Indian journal of veterinary science and animal husbandry - Volume 14,
Year: 1944
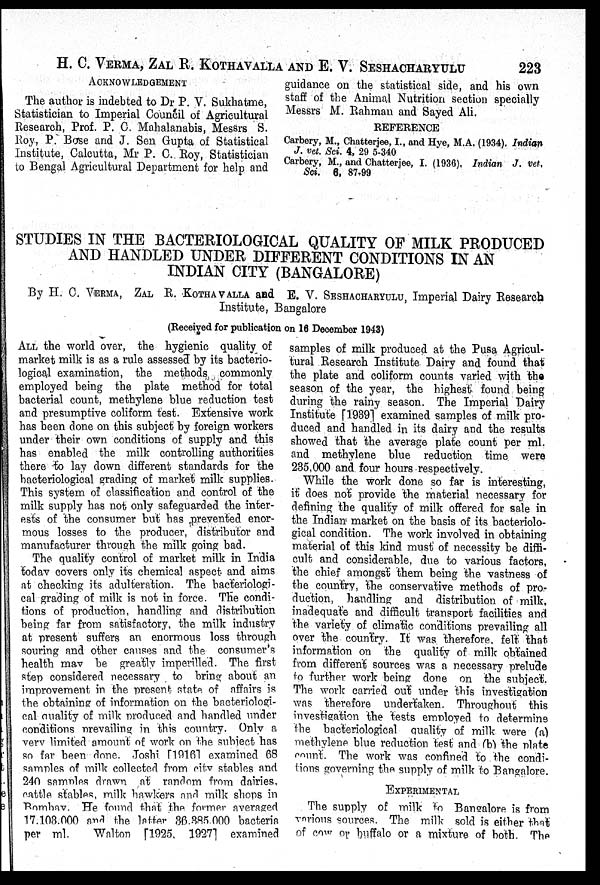
H. C. VERMA, ZAL R. KOTHAVALLA AND E. V.
SESHACHARYULU
223
ACKNOWLEDGEMENT
The author is indebted to Dr P. V. Sukhatme,
Statistician to Imperial Council of Agricultural
Research, Prof. P. C. Mahalanabis, Messrs S.
Roy, P. Bose and J. Sen Gupta of Statistical
Institute, Calcutta, Mr P. C. Roy, Statistician
to Bengal Agricultural Department for help and
guidance on the statistical side, and his own
staff of the Animal Nutrition section specially
Messrs M. Rahman and Sayed Ali.
REFERENCE
Carbery, M., Chatterjee, I., and Hye, M.A. (1934). Indian
J. vet. Sci. 4, 29 5-340
Carbery, M., and Chatterjee, I. (1936). Indian J. vet,
Sci. 6, 87-99
STUDIES IN THE BACTERIOLOGICAL QUALITY OF MILK PRODUCED
AND HANDLED UNDER DIFFERENT CONDITIONS IN AN
INDIAN CITY (BANGALORE)
By H. C. VERMA, ZAL R. KOTHAVALLA and E. V. SESHACHARYULU, Imperial Dairy Research
Institute, Bangalore
(Received for publication on 16 December 1943)
ALL the world over, the hygienic quality of
market milk is as a rule assessed by its bacterio-
logical examination, the methods commonly
employed being the plate method for total
bacterial count, methylene blue reduction test
and presumptive coliform test. Extensive work
has been done on this subject by foreign workers
under their own conditions of supply and this
has enabled the milk controlling authorities
there to lay down different standards for the
bacteriological grading of market milk supplies.
This system of classification and control of the
milk supply has not only safeguarded the inter-
ests of the consumer but has prevented enor-
mous losses to the producer, distributor and
manufacturer through the milk going bad.
The quality control of market milk in India
today covers only its chemical aspect and aims
at checking its adulteration. The bacteriologi-
cal grading of milk is not in force. The condi-
tions of production, handling and distribution
being far from satisfactory, the milk industry
at present suffers an enormous loss through
souring and other causes and the consumer's
health may be greatly imperilled. The first
step considered necessary, to bring about an
improvement in the present state of affairs is
the obtaining of information on the bacteriologi-
cal quality of milk produced and handled under
conditions prevailing in this country. Only a
very limited amount of work on the subject has
so far been done. Joshi [1916] examined 68
samples of milk collected from city stables and
240 samples drawn at random from dairies,
cattle stables, milk hawkers and milk shops in
Bombay. He found that the former averaged
17.103.000 and the latter 36,385,000 bacteria
per ml.
Walton [1925, 1927] examined
samples of milk produced at the Pusa Agricul-
tural Research Institute Dairy and found that
the plate and coliform counts varied with the
season of the year, the highest found being
during the rainy season. The Imperial Dairy
Institute [1939] examined samples of milk pro-
duced and handled in its dairy and the results
showed that the average plate count per ml.
and methylene blue reduction time were
235,000 and four hours respectively.
While the work done so far is interesting,
it does not provide the material necessary for
defining the quality of milk offered for sale in
the Indian market on the basis of its bacteriolo-
gical condition. The work involved in obtaining
material of this kind must of necessity be diffi-
cult and considerable, due to various factors,
the chief amongst them being the vastness of
the country, the conservative methods of pro-
duction, handling and distribution of milk,
inadequate and difficult transport facilities and
the variety of climatic conditions prevailing all
over the country. It was therefore felt that
information on the quality of milk obtained
from different sources was a necessary prelude
to further work being done on the subject.
The work carried out under this investigation
was therefore undertaken. Throughout this
investigation the tests employed to determine
the bacteriological quality of milk were (a)
methylene blue reduction test and (b) the plate
count. The work was confined to the condi-
tions governing the supply of milk to Bangalore.
EXPERIMENTAL
The supply of milk to Bangalore is from
various sources. The milk sold is either that
of cow or buffalo or a mixture of both. The